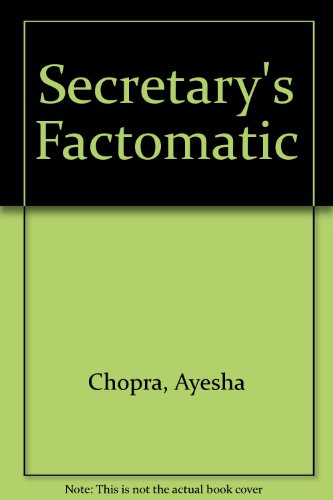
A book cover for Secretary's Factomatic; Ayesha Chopra; Business & Money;